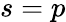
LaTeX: s=p